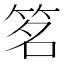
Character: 𬔽